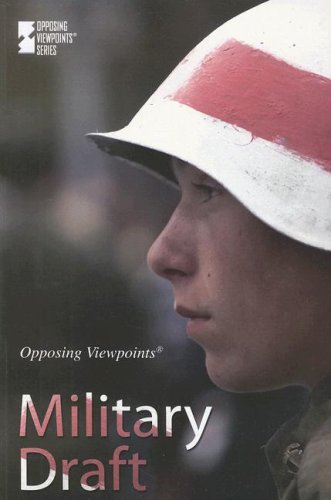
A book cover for Military Draft (Opposing Viewpoints); Viqi Wagner; Teen & Young Adult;